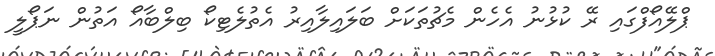
ޕްލޭއޯފްގައި ރޭ ކުޅުނު އެހެން މެޗުތަކަށް ބަލައިލާއިރު އެތުލެޓިކޯ ބިލްބާއޯ އަތުން ނަޕޯލީ